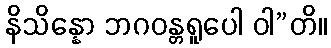
နိသိန္နော ဘဂဝန္တရူပေါ ဝါ”တိ။